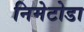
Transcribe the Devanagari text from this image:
निमेटोडा